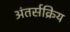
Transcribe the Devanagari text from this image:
अंतर्सक्रिय